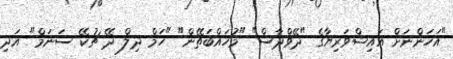
"އަހަންނަށް އައިޝްވަރިޔާގެ "ދޭވްދާސް" "މުހައްބަތޭން" "ހަމް ދިލް ދޭ ޗުކޭ ސަނަމް" އަދި